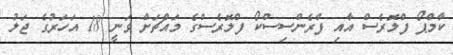
ކާމްޕޯ ފްލޮރެސް އާއި ފްރެންސިސްކޯ ފްލޮރެސްގެ މައްޗަށް ވަނީ 18 އަހަރުގެ ޖަލު